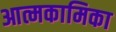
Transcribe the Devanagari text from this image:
आत्मकामिका